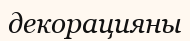
декорацияны